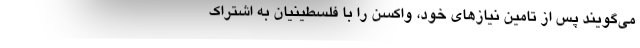
می‌گویند پس از تامین نیازهای خود، واکسن را با فلسطینیان به اشتراک